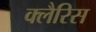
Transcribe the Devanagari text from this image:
क्लैरिस